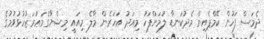
ދެމަސް ފަހުން ކޭމްޕެއިން މެދުކަނޑާ ލުމަށްފަހު މިއަދު އަހަރެން މާލެ މިއައީ މިޝްޔާގެމަޢުރަޒުހުޅުވުމުގެ